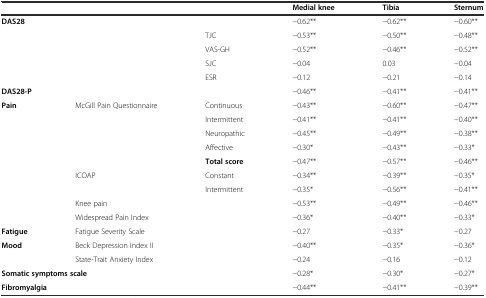
|  |  |  | Medial knee | Tibia | Sternum |
 | --- | --- | --- | --- | --- | --- |
 | <COLSPAN=3> DAS28 | −0.62** | −0.62** | −0.60** |
 | <COLSPAN=2>  | TJC | −0.53** | −0.50** | −0.48** |
 | <COLSPAN=2>  | VAS-GH | −0.52** | −0.46** | −0.52** |
 | <COLSPAN=2>  | SJC | −0.04 | 0.03 | −0.04 |
 | <COLSPAN=2>  | ESR | −0.12 | −0.21 | −0.14 |
 | <COLSPAN=3> DAS28-P | −0.46** | −0.41** | −0.41** |
 | Pain | <ROWSPAN=5> McGill Pain Questionnaire | Continuous | −0.43** | −0.60** | −0.47** |
 |  | Intermittent | −0.41** | −0.41** | −0.40** |
 |  | Neuropathic | −0.45** | −0.49** | −0.38** |
 |  | Affective | −0.30* | −0.43** | −0.33* |
 |  | Total score | −0.47** | −0.57** | −0.46** |
 |  | <ROWSPAN=2> ICOAP | Constant | −0.34** | −0.39** | −0.35* |
 |  | Intermittent | −0.35* | −0.56** | −0.41** |
 |  | <COLSPAN=2> Knee pain | −0.53** | −0.49** | −0.46** |
 |  | <COLSPAN=2> Widespread Pain Index | −0.36* | −0.40** | −0.33* |
 | Fatigue | <COLSPAN=2> Fatigue Severity Scale | −0.27 | −0.33* | −0.27 |
 | Mood | <COLSPAN=2> Beck Depression Index II | −0.40** | −0.35* | −0.36* |
 |  | <COLSPAN=2> State-Trait Anxiety Index | −0.24 | −0.16 | −0.12 |
 | <COLSPAN=3> Somatic symptoms scale | −0.28* | −0.30* | −0.27* |
 | <COLSPAN=3> Fibromyalgia | −0.44** | −0.41** | −0.39** |